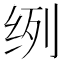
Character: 𮉥